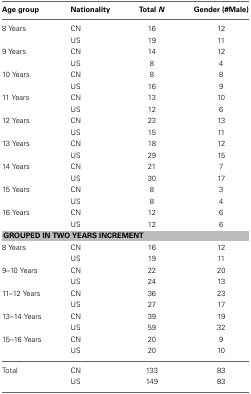
<table><thead><tr><td><b>Age group</b></td><td><b>Nationality</b></td><td><b>Total <i>N</i></b></td><td><b>Gender (#Male)</b></td></tr></thead><tbody><tr><td>8 Years</td><td>CN</td><td>16</td><td>12</td></tr><tr><td></td><td>US</td><td>19</td><td>11</td></tr><tr><td>9 Years</td><td>CN</td><td>14</td><td>12</td></tr><tr><td></td><td>US</td><td>8</td><td>4</td></tr><tr><td>10 Years</td><td>CN</td><td>8</td><td>8</td></tr><tr><td></td><td>US</td><td>16</td><td>9</td></tr><tr><td>11 Years</td><td>CN</td><td>13</td><td>10</td></tr><tr><td></td><td>US</td><td>12</td><td>6</td></tr><tr><td>12 Years</td><td>CN</td><td>23</td><td>13</td></tr><tr><td></td><td>US</td><td>15</td><td>11</td></tr><tr><td>13 Years</td><td>CN</td><td>18</td><td>12</td></tr><tr><td></td><td>US</td><td>29</td><td>15</td></tr><tr><td>14 Years</td><td>CN</td><td>21</td><td>7</td></tr><tr><td></td><td>US</td><td>30</td><td>17</td></tr><tr><td>15 Years</td><td>CN</td><td>8</td><td>3</td></tr><tr><td></td><td>US</td><td>8</td><td>4</td></tr><tr><td>16 Years</td><td>CN</td><td>12</td><td>6</td></tr><tr><td></td><td>US</td><td>12</td><td>6</td></tr><tr><td colspan="4"><b>GROUPED IN TWO YEARS INCREMENT</b></td></tr><tr><td>8 Years</td><td>CN</td><td>16</td><td>12</td></tr><tr><td></td><td>US</td><td>19</td><td>11</td></tr><tr><td>9–10 Years</td><td>CN</td><td>22</td><td>20</td></tr><tr><td></td><td>US</td><td>24</td><td>13</td></tr><tr><td>11–12 Years</td><td>CN</td><td>36</td><td>23</td></tr><tr><td></td><td>US</td><td>27</td><td>17</td></tr><tr><td>13–14 Years</td><td>CN</td><td>39</td><td>19</td></tr><tr><td></td><td>US</td><td>59</td><td>32</td></tr><tr><td>15–16 Years</td><td>CN</td><td>20</td><td>9</td></tr><tr><td></td><td>US</td><td>20</td><td>10</td></tr><tr><td>Total</td><td>CN</td><td>133</td><td>83</td></tr><tr><td></td><td>US</td><td>149</td><td>83</td></tr></tbody></table>